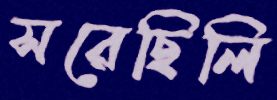
সরেছিলি